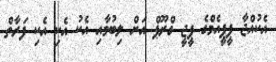
އެކުއްޖާ ޕީޕީއެމްގެ ޕީޖީ ގްރޫޕް އަށް ލިބުމާއި އެކު އެކި އެކި ފަރާތް